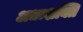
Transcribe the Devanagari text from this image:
अधःशक्ति